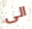
الى